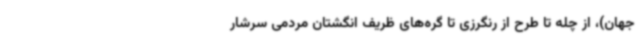
جهان)، از چله تا طرح از رنگرزی تا گره‌های ظریف انگشتان مردمی سرشار